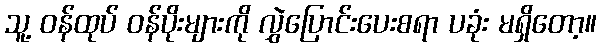
သူ့ ဝန်ထုပ် ဝန်ပိုးများကို လွှဲပြောင်းပေးစရာ ပခုံး မရှိတော့။